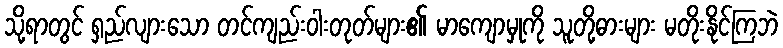
သို့ရာတွင် ရှည်လျားသော တင်ကျည်းဝါးတုတ်များ၏ မာကျောမှုကို သူတို့ဓားများ မတိုးနိုင်ကြဘဲ